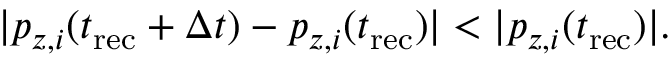
| p _ { z , i } ( t _ { \mathrm { r e c } } + \Delta t ) - p _ { z , i } ( t _ { \mathrm { r e c } } ) | < | p _ { z , i } ( t _ { \mathrm { r e c } } ) | .